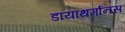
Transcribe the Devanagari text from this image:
डायाथर्मानस